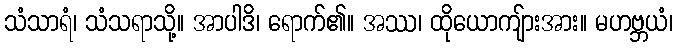
သံသာရံ၊ သံသရာသို့။ အာပါဒိ၊ ရောက်၏။ အဿ၊ ထိုယောကျ်ားအား။ မဟဗ္ဘယံ၊